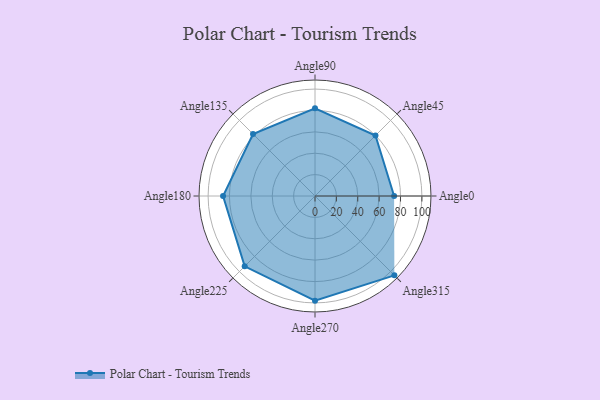
{"axis": {"x": "Angle", "y": "Radius"}, "legend": [""], "data": [{"x": "Angle0", "y": 74.0, "type": ""}, {"x": "Angle45", "y": 80.0, "type": ""}, {"x": "Angle90", "y": 82.0, "type": ""}, {"x": "Angle135", "y": 82.0, "type": ""}, {"x": "Angle180", "y": 86.0, "type": ""}, {"x": "Angle225", "y": 93.0, "type": ""}, {"x": "Angle270", "y": 98.0, "type": ""}, {"x": "Angle315", "y": 105.0, "type": ""}]}